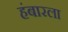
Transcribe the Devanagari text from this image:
हंबारला